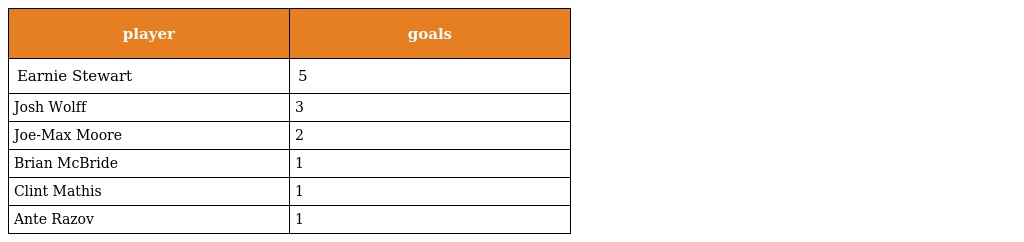
| player | goals |
 | --- | --- |
 | Earnie Stewart | 5 |
 | Josh Wolff | 3 |
 | Joe-Max Moore | 2 |
 | Brian McBride | 1 |
 | Clint Mathis | 1 |
 | Ante Razov | 1 |